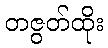
တဇွတ်ထိုး